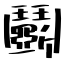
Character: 鬭